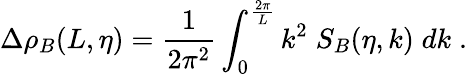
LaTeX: \Delta\rho_{B}(L,\eta)=\frac{1}{2\pi^{2}}\int_{0}^{\frac{2\pi}{L}}k^{2}\; S_{B}(\eta,k)\; dk\; .